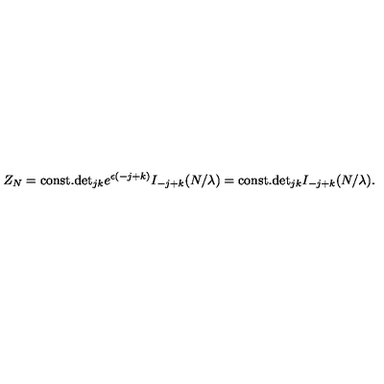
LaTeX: Z _ { N } = \mathrm { c o n s t . } \mathrm { d e t } _ { j k } e ^ { \epsilon ( - j + k ) } I _ { - j + k } ( N / \lambda ) = \mathrm { c o n s t . } \mathrm { d e t } _ { j k } I _ { - j + k } ( N / \lambda ) .